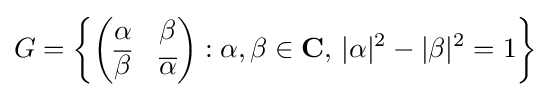
G=\left\{{\begin{pmatrix}\alpha &\beta \\{\overline {\beta }}&{\overline {\alpha }}\end{pmatrix}}:\alpha ,\beta \in \mathbf {C} ,\,|\alpha |^{2}-|\beta |^{2}=1\right\}